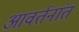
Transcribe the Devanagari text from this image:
आवर्तनांत